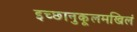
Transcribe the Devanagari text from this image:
इच्छानुकूलमखिलं